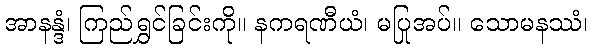
အာနန္ဒံ၊ ကြည်ရွှင်ခြင်းကို။ နကရဏီယံ၊ မပြုအပ်။ သောမနဿံ၊